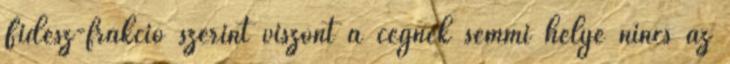
Fidesz-frakció szerint viszont a cégnek semmi helye nincs az